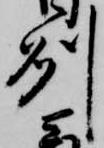
州